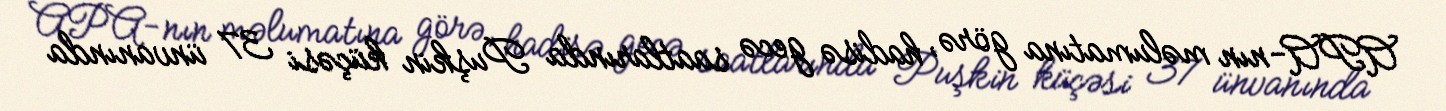
APA-nın məlumatına görə, hadisə gecə saatlarında Puşkin küçəsi 37 ünvanında